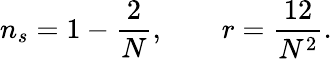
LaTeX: n_{s}=1-{\frac{2}{N}},\quad\quad r={\frac{12}{N^{2}}}.